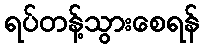
ရပ်တန့်သွားစေရန်